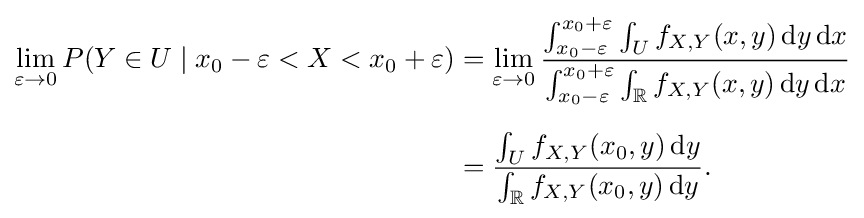
{\begin{aligned}\lim _{\varepsilon \to 0}P(Y\in U\mid x_{0}-\varepsilon <X<x_{0}+\varepsilon )&=\lim _{\varepsilon \to 0}{\frac {\int _{x_{0}-\varepsilon }^{x_{0}+\varepsilon }\int _{U}f_{X,Y}(x,y)\,\mathrm {d} y\,\mathrm {d} x}{\int _{x_{0}-\varepsilon }^{x_{0}+\varepsilon }\int _{\mathbb {R} }f_{X,Y}(x,y)\,\mathrm {d} y\,\mathrm {d} x}}\\[6pt]&={\frac {\int _{U}f_{X,Y}(x_{0},y)\,\mathrm {d} y}{\int _{\mathbb {R} }f_{X,Y}(x_{0},y)\,\mathrm {d} y}}.\end{aligned}}